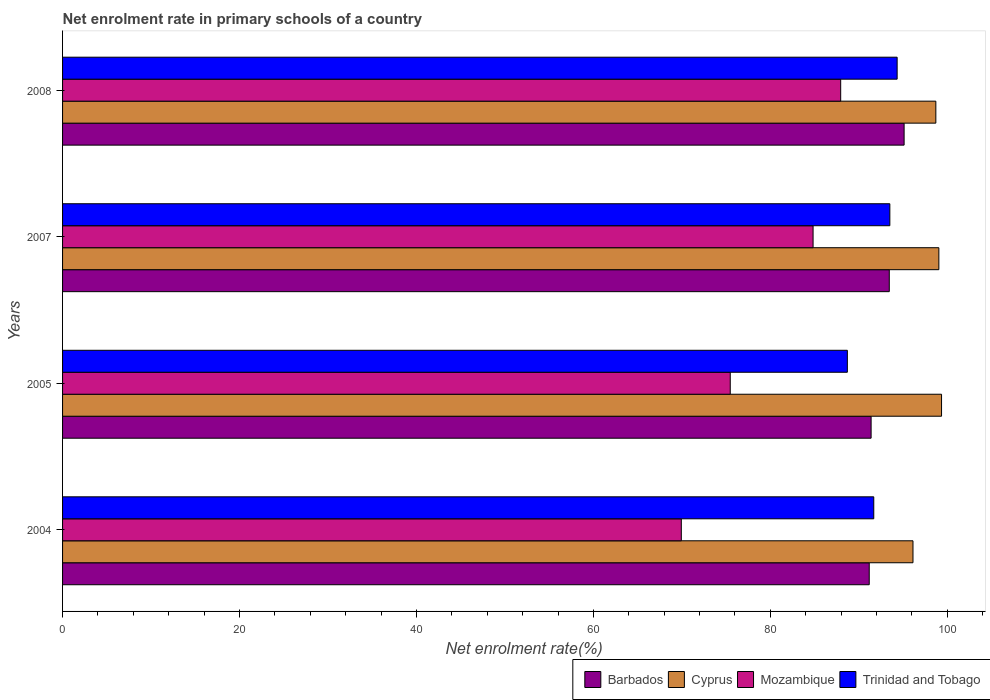
| Years | Barbados | Cyprus | Mozambique | Trinidad and Tobago |
 | --- | --- | --- | --- | --- |
 | 2004 | 91.2 | 96.1 | 69.9 | 91.7 |
 | 2005 | 91.4 | 99.3 | 75.5 | 88.7 |
 | 2007 | 93.4 | 99 | 84.8 | 93.5 |
 | 2008 | 95.1 | 98.7 | 87.9 | 94.3 |